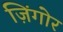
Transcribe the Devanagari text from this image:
ज़िंगोर